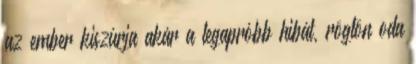
az ember kiszúrja akár a legapróbb hibát, rögtön oda